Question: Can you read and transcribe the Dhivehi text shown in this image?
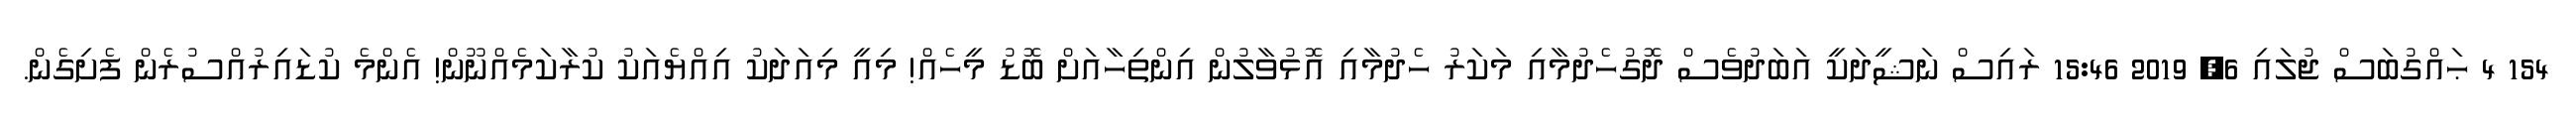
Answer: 154 4 ޙައްގުބަސް ޖުލައި 6, 2019 15:46 ރައިސް ނަޝީދަކީ އަބަދުވެސް ދޮގުހެދުމާއި މަކަރު ހެދުމާއި އޮޅުވާލުން އިންތިހާއަށް ބޮޑު މީހެއް! މިއީ މިއަދަކު އިއްޔެއަކު ކުރާކަމެއްނޫން! އެންމެ ކުޑައިރުއްސުރެން ފެށިގެން.